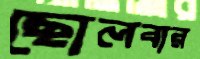
ছোলবার